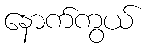
နောက်ကွယ်